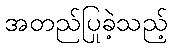
အတည်ပြုခဲ့သည့်